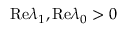
\mathrm { R e } \lambda _ { 1 } , \mathrm { R e } \lambda _ { 0 } > 0